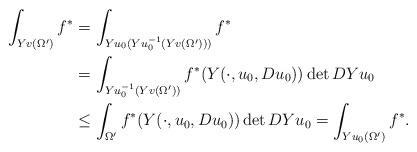
LaTeX: \begin{align*} \int_{Yv(\Omega')} f^* &= \int_{Yu_0(Yu_0^{-1}(Yv(\Omega')))}f^*\\ &= \int_{Yu_0^{-1}(Yv(\Omega'))}f^*(Y(\cdot,u_0,Du_0)) \det DYu_0\\ &\leq \int_{\Omega'}f^*(Y(\cdot,u_0,Du_0)) \det DYu_0 = \int_{Yu_0(\Omega')}f^*. \end{align*}